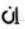
إن